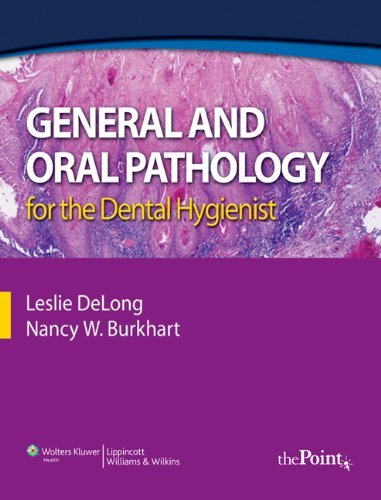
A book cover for By Leslie DeLong - General and Oral Pathology for Dental Hygienists (DeLong, General and Oral Pathology for Dental Hygienists): 1st (first) Edition; Nancy Burkhart Leslie DeLong; Medical Books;